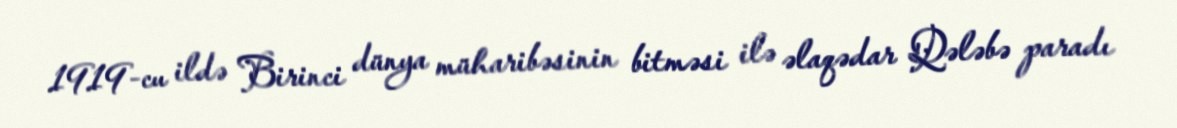
1919-cu ildə Birinci dünya müharibəsinin bitməsi ilə əlaqədar Qələbə paradı